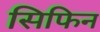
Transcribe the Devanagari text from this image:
सिफिन